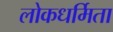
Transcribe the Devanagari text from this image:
लोकधर्मिता